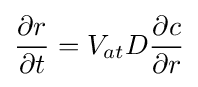
{\frac {\partial r}{\partial t}}=V_{at}D{\frac {\partial c}{\partial r}}